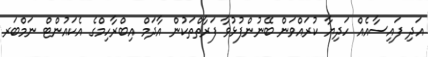
އަދި ފައިސާއެއް ހަދިޔާ ކުރައްވަން ބޭނުންފުޅުވާ ފަރާތްތަކުން އާދަމް އިބްރާހިމްގެ އެކައުންޓް ނަމްބަރ